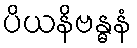
ပိယနိဗန္ဓနံ